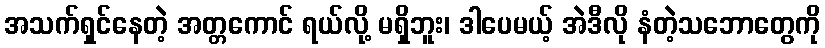
အသက်ရှင်နေတဲ့ အတ္တကောင် ရယ်လို့ မရှိဘူး၊ ဒါပေမယ့် အဲဒီလို နံတဲ့သဘောတွေကို